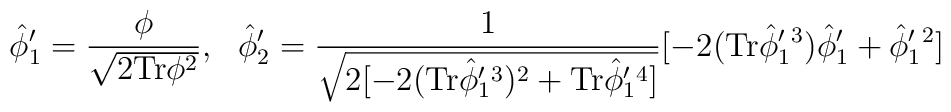
\hat\phi ' _1=\frac{\phi}{\sqrt{ 2{\rm Tr}\phi^2}},\  \  \hat\phi ' _2=\frac{1}{\sqrt{2[-2({\rm Tr}\hat\phi ' _1 {}^3)^2+{\rm Tr}\hat\phi ' _1 {}^4]}}[-2({\rm Tr}\hat\phi ' _1 {}^3)\hat\phi ' _1+\hat\phi ' _1 {}^2]